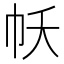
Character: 𢁱